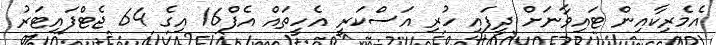
އެމެރިކާއިން ޓައިވާނަށް ދީފައި ހުރި އަސްކަރީ އެހީތައް އެފް16 އިގެ 64 ޖެޓްފައިޓަރު